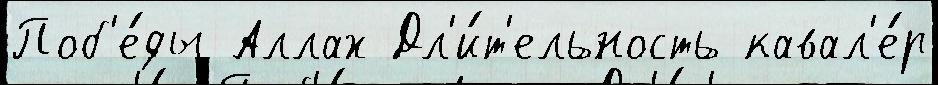
Поб'е́ды Аллах Дл'и́т'ельность кавал'е́р